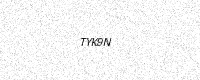
Text: TYK9N